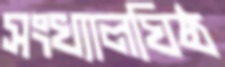
সংখ্যালঘিষ্ঠ